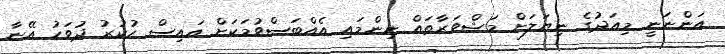
އަންނަނީ މިއަދުގެ ނިޔަލަށް މަޝްވަރާތައް ނިންމައި އެއްބަސްވުމަކަށް އައިސް ހުކުރު ދުވަހު އޭނާ